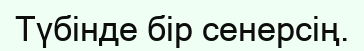
Түбінде бір сенерсің.